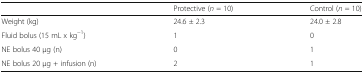
<table><thead><tr><td></td><td><b>Protective (<i>n</i> = 10)</b></td><td><b>Control (<i>n</i> = 10)</b></td></tr></thead><tbody><tr><td>Weight (kg)</td><td>24.6 ± 2.3</td><td>24.0 ± 2.8</td></tr><tr><td>Fluid bolus (15 mL x kg<sup>−1</sup>)</td><td>1</td><td>0</td></tr><tr><td>NE bolus 40 μg (n)</td><td>0</td><td>1</td></tr><tr><td>NE bolus 20 μg + infusion (n)</td><td>2</td><td>1</td></tr></tbody></table>